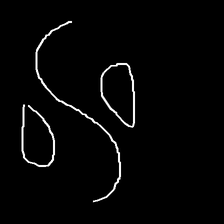
Glyph: water